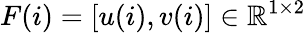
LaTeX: F(i)=[u(i),v(i)]\in\mathbb{R}^{1\times 2}